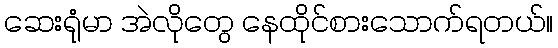
ဆေးရုံမာ အဲလိုတွေ နေထိုင်စားသောက်ရတယ်။